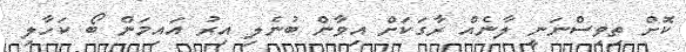
ކޮށް ތިވިސްނަނީ ލާނެއް ރާގަކަށް އިވާން ބުނެލި އިރު އައިމަން ބޯ ކަހާލި